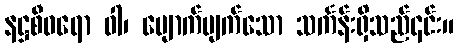
နဋ္ဌစီဝရော ဝါ၊ ပျောက်ပျက်သော သင်္ကန်းရှိသည်၎င်း။